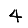
Digit: 4